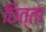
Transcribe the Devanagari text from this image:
छित्ता